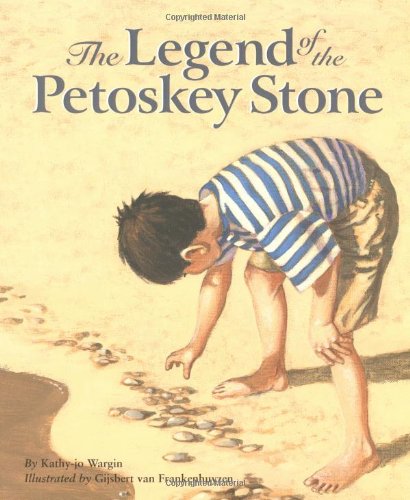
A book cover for The Legend of the Petoskey Stone (Myths, Legends, Fairy and Folktales); Kathy-jo Wargin; Children's Books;